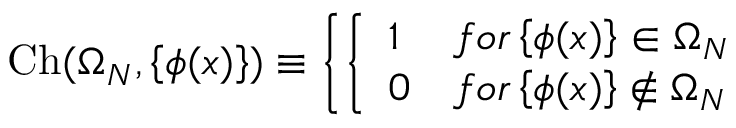
\mathrm { C h } ( \Omega _ { N } , \left\{ \phi ( x ) \right\} ) \equiv \left\{ \left\{ \begin{array} { l l } { { 1 } } & { { f o r \left\{ \phi ( x ) \right\} \in \Omega _ { N } } } \\ { { 0 } } & { { f o r \left\{ \phi ( x ) \right\} \not \in \Omega _ { N } } } \end{array} \right. \right.